Insane asylums in Bengal annual reports 1876-1887 - 1876-1887
Year: 1876
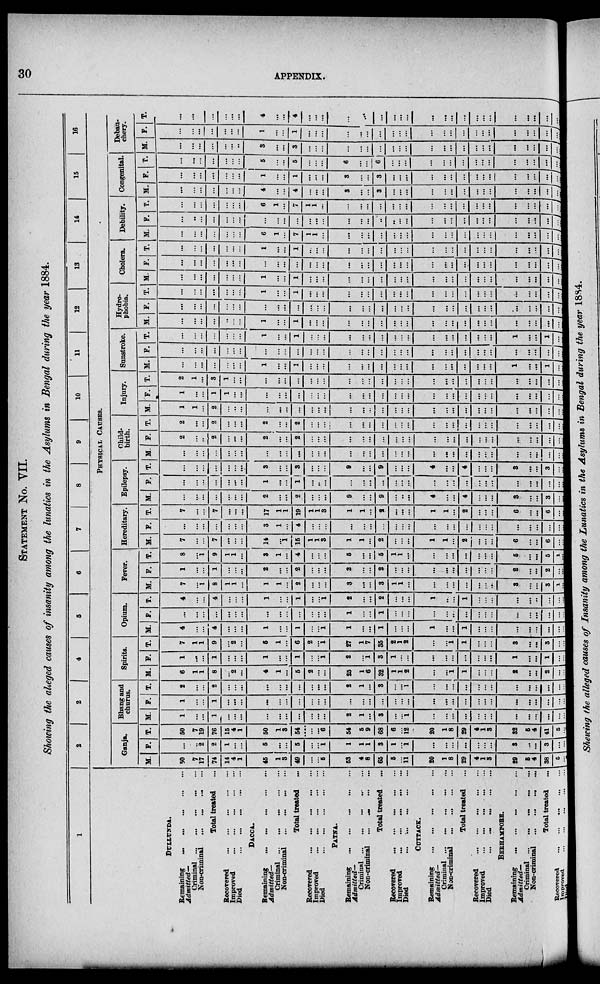
30
APPENDIX.
STATEMENT No. VII.
Showing the alleged causes of insanity among the lunatics in the Asylums in Bengal during the year 1884.
1
DULLUNDA.
Remaining
...
...
...
...
...
Admitted—
Criminal ... ... ... ... ...
Non-criminal ...
...
...
...
Total treated
Recovered ... ... ... ... ...
Improved
...
...
...
...
...
Died
...
...
...
...
...
DACCA.
Remaining
...
...
...
...
...
Admitted—
Criminal ... ... ... ... ...
Non-criminal ... ... ... ... ...
Total treated ...
Recovered
...
...
...
...
...
Improved ... ... ... ... ...
Died
...
...
...
...
...
PATNA.
Remaining
...
...
...
...
...
Admitted—
Criminal
...
...
...
...
...
Non-criminal ... ... ... ... ...
Total treated ...
Recovered
...
...
...
...
...
Improved
...
...
...
...
...
Died
...
...
...
...
...
CUTTACK.
Remaining
...
...
...
...
...
Admitted—
Criminal ... ... ... ... ...
Non-criminal ... ... ... ... ...
Total treated ...
Recovered
...
...
...
...
...
Improved
...
...
...
...
...
Died
...
...
...
...
...
BERHAMPORE.
Remaining ... ... ... ... ...
Admitted—
Criminal
...
...
...
...
...
Non-criminal ... ... ... ... ...
Total treated ...
Recovered ... ... ... ... ... ...
Improved ... ... ... ... ...
Died
...
...
...
...
...
2
3
4
5
6
7
8
9
10
11
12
13
14
15
16
PHYSICAL CAUSES.
Ganja.
M.
50
7
17
74
14
4
1
45
1
3
49
...
...
5
53
4
8
65
5
... 11
20
1
8
29
4
1
3
29
5
4
38
5
... ...
F.
...
...
2
2
1
...
...
5
...
...
5
...
...
1
1
1
1
3
1
... 1
...
...
...
...
...
...
...
3
...
...
3
...
...
...
T.
50
7
19
76
15
4
1
50
1
3
54
...
...
6
54
5
9
68
6
...
12
20
1
8
29
4
1
3
32
5
4
41
5
... ...
Bhang and
churus.
M.
1
...
...
1
...
...
...
...
...
...
...
...
...
...
2
1
...
3
...
...
1
...
...
...
...
...
...
...
...
...
...
...
...
...
...
F.
1
...
...
1
...
...
...
...
...
...
...
...
...
...
...
...
...
...
...
...
...
...
...
...
...
...
...
...
...
...
...
...
...
...
...
T.
2
...
...
2
...
...
...
...
...
...
...
...
...
...
2
1
...
3
...
... ...
...
...
...
...
...
...
...
...
...
...
...
...
...
...
Spirits.
M.
6
1
1
8
...
2
...
4
1
...
5
2
...
...
25
1
6
32
1
1
2
...
...
1
1
...
...
...
2
...
...
2
...
...
...
F.
1
...
...
1
...
...
...
1
...
...
1
...
...
1
2
...
1
3
1
...
...
...
...
...
...
...
...
...
1
...
...
1
...
...
...
T.
7
1
1
9
...
2
...
5
1
...
6
2
...
1
27
1
7
35
2
1
2
...
...
1
1
...
...
...
3
...
...
3
...
...
...
Opium.
M.
4
...
...
4
...
...
...
1
...
...
1
...
...
1
1
...
...
1
...
...
...
1
...
...
1
...
...
...
...
...
...
...
...
...
...
F.
...
...
...
...
...
...
...
...
...
...
...
...
...
...
1
...
...
1
...
...
...
...
...
...
...
...
...
...
...
...
...
...
...
...
...
T.
4
...
...
4
...
...
...
1
...
...
1
...
...
1
2
...
...
2
... ...
1
...
...
1
...
...
...
...
...
...
...
...
...
...
Fever.
M.
7
...
1
8
1
1
...
1
...
1
2
...
...
...
3
...
...
3
1
1
...
...
...
...
...
...
...
...
3
...
...
3
1
...
...
F.
1
...
...
1
...
...
...
2
...
...
2
...
...
...
2
...
...
2
...
...
...
...
...
...
...
...
...
...
2
...
...
2
...
...
...
T.
8
...
1
9
1
1
...
3
1
...
4
...
...
...
5
...
...
5
1
1
...
...
...
...
...
...
...
...
5
...
...
5
1
...
...
Hereditary.
M.
7
...
...
7
...
..
...
14
...
1
15
1
...
1
1
1
...
2
...
...
...
1
1
1
2
...
...
...
6
...
...
6
...
...
...
F.
...
...
...
...
...
...
...
3
...
1
4
...
...
...
...
...
...
...
...
...
...
...
...
...
...
...
...
...
...
...
...
...
...
...
T.
7
...
...
7
...
...
...
17
1
1
19
1
...
1
1
1
...
2
...
...
...
1
1 1
2
...
...
...
6
...
...
6
...
...
...
Epilepsy.
M.
...
...
...
...
...
...
...
2
...
...
2
...
...
...
9
...
...
9
...
...
...
4
...
...
4
...
...
...
3
...
...
3
...
...
...
F.
...
...
...
...
...
...
...
1
...
...
1
...
...
...
...
...
...
...
...
...
...
...
...
...
...
...
...
...
...
...
...
...
...
...
...
T.
...
...
...
...
...
...
...
3
...
...
3
...
...
...
9
...
...
9
...
...
...
4
...
...
4
...
...
...
3
...
...
3
...
...
...
Child-
birth.
M.
...
...
...
...
...
...
...
...
...
...
...
...
...
...
...
...
...
...
...
...
...
...
... ...
...
...
...
...
...
...
...
...
...
...
...
F.
2
...
...
2
...
...
...
2
...
...
2
...
...
...
...
...
...
...
...
...
...
...
...
...
...
...
...
...
...
...
...
...
...
...
...
T.
...
...
...
2
...
...
...
2
...
...
2
...
...
...
...
...
...
...
...
...
...
...
...
...
...
...
...
...
...
...
...
...
...
...
...
Injury.
M.
1
1
...
2
...
...
...
...
...
...
...
...
...
...
...
...
...
...
...
...
...
...
...
...
...
...
...
...
...
...
...
...
...
...
...
F.
1
...
...
1
1
...
...
...
...
...
...
...
...
...
...
...
...
...
...
...
...
...
...
...
...
...
...
...
...
...
...
...
...
...
...
T.
2
1
...
3
1
...
...
...
...
...
...
...
...
...
...
...
...
...
...
...
...
...
...
...
...
...
...
...
...
...
...
...
...
...
...
Sunstroke.
M.
...
...
...
...
...
...
...
1
...
...
1
...
...
...
...
...
...
...
...
...
...
...
...
...
...
...
...
...
1
...
...
1
... ...
...
F.
...
...
...
...
...
...
...
...
...
...
...
...
...
...
...
...
...
...
...
...
...
...
...
...
...
...
...
...
...
...
...
...
...
...
...
T.
...
...
...
...
...
...
...
1
...
...
1
...
...
...
...
...
...
...
...
...
...
...
...
...
...
...
...
...
1
...
...
1
...
...
...
Hydro-
phobia.
M.
...
...
...
...
...
...
...
1
...
...
1
...
...
...
...
...
...
...
...
...
...
...
...
...
...
...
...
...
...
...
...
...
... ...
...
F.
...
...
...
...
...
...
...
...
...
...
...
...
...
...
...
...
...
...
...
...
...
...
...
...
...
...
...
...
...
...
...
...
... ...
...
T.
...
...
...
...
...
...
...
1
...
...
1
...
...
...
...
...
...
...
...
...
...
...
...
...
...
...
...
...
...
...
...
...
... ...
...
Cholera.
M.
...
...
...
...
...
...
...
1
...
...
1
...
...
...
...
...
...
...
...
...
...
...
...
...
...
...
...
...
...
...
...
...
...
...
...
F.
...
...
...
...
...
...
...
...
...
...
...
...
...
...
...
...
...
...
...
...
...
...
...
...
...
...
...
...
...
...
...
...
...
...
...
T.
...
...
...
...
...
...
...
1
...
...
1
...
...
...
...
...
...
...
...
...
...
...
...
...
...
...
...
...
...
...
...
...
...
...
...
Debility.
M.
...
...
...
...
...
...
...
6
1
...
7
1
1
...
...
...
...
...
...
...
...
...
...
...
...
...
...
...
...
...
...
...
... ...
...
F.
...
...
...
...
...
...
...
...
...
...
...
...
...
...
...
...
...
...
...
...
...
...
...
...
...
...
...
...
...
...
...
...
...
...
...
T.
...
...
...
...
...
...
.....
6
1
...
7
1
1
...
...
...
...
...
...
...
...
...
...
...
...
...
...
...
...
...
...
...
...
...
...
Congenital.
M.
...
...
...
...
...
...
...
4
...
...
4
...
...
...
3
...
...
3
...
...
...
...
...
...
...
...
...
...
...
...
...
...
...
...
...
F.
...
...
...
...
...
...
...
1
...
...
1
...
...
...
3
...
...
3
...
...
...
...
...
...
...
...
...
...
...
...
...
...
...
...
...
T.
...
...
...
...
...
...
...
5
...
...
5
...
...
...
6
...
...
6
...
...
...
...
...
...
...
...
...
...
...
...
...
...
...
...
...
Debau-
chery.
M.
...
...
...
...
...
...
..
3
...
...
3
...
...
...
...
...
...
...
...
...
...
...
...
...
...
...
...
...
...
...
...
...
...
...
...
F.
...
...
...
...
...
...
...
1
...
...
1
...
...
...
...
...
...
...
...
...
...
...
...
...
...
...
...
...
...
...
...
...
...
...
...
T.
...
...
...
...
...
...
4
...
...
4
...
...
...
...
...
...
...
...
...
...
...
...
...
...
...
...
...
...
...
...
...
...
...